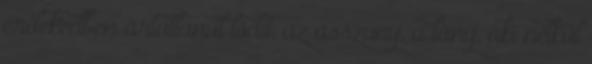
érdekedben ártatlanul lódít, az asszony, a lány, aki nélkül